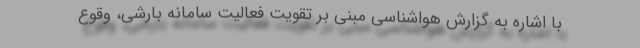
با اشاره به گزارش هواشناسی مبنی بر تقویت فعالیت سامانه بارشی، وقوع